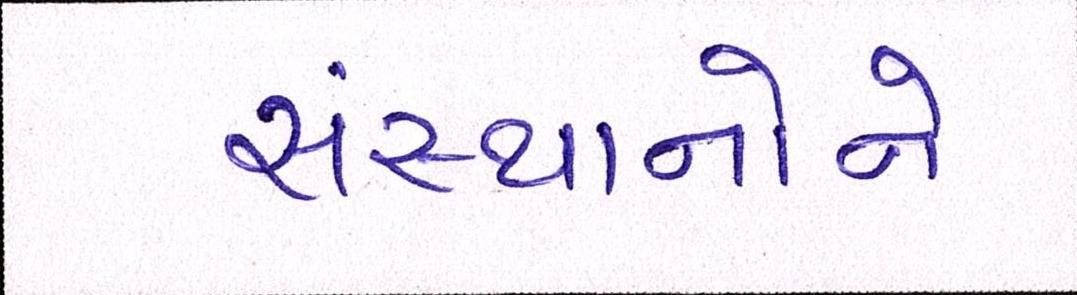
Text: સંસ્થાનોને